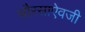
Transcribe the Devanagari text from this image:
चौरसाऐवजी